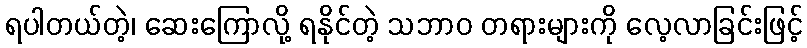
ရပါတယ်တဲ့၊ ဆေးကြောလို့ ရနိုင်တဲ့ သဘာဝ တရားများကို လေ့လာခြင်းဖြင့်